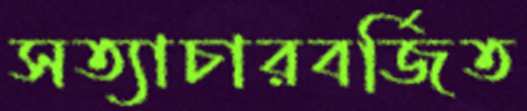
সত্যাচারবর্জিত